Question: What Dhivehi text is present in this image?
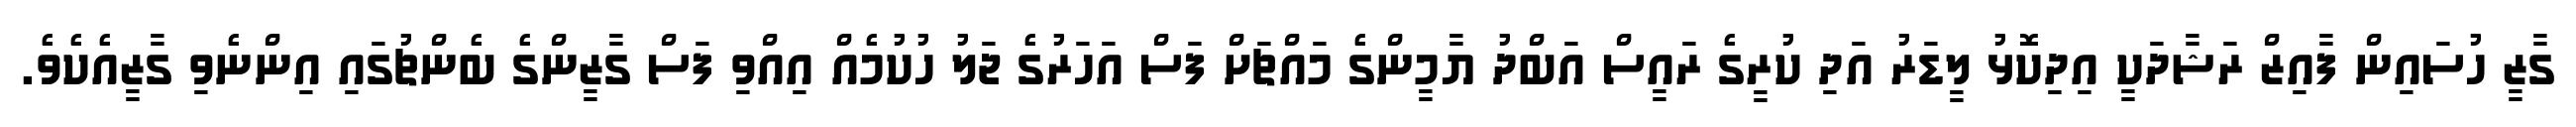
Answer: ގާޒީ ހުސައިން ފާއިޒް ރަޝާދަކީ އިދިކޮޅު ލީޑަރު އަދި ކުރީގެ ރައީސް އަބްދު ޔާމީންގެ މައްޗަށް ފަސް އަހަރުގެ ޖަލު ހުކުމެއް އިއްވި ފަސް ގާޒީންގެ ބެންޗުގައި އިންނެވި ގާޒީއެކެވެ.